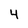
Character: 4